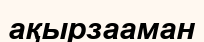
ақырзааман